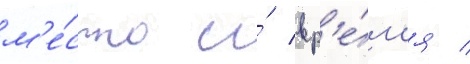
м'е́сто и́ вр'е́м'я /